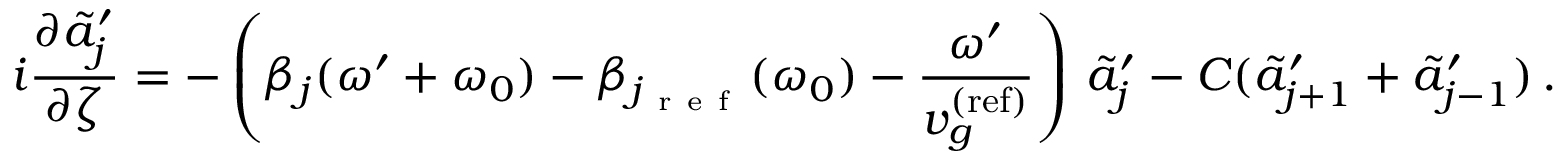
i \frac { \partial \tilde { a } _ { j } ^ { \prime } } { \partial \zeta } = - \left( \beta _ { j } ( \omega ^ { \prime } + \omega _ { 0 } ) - \beta _ { j _ { \mathrm { ~ r ~ e ~ f ~ } } } ( \omega _ { 0 } ) - \frac { \omega ^ { \prime } } { v _ { g } ^ { \mathrm { ( r e f ) } } } \right) \, \tilde { a } _ { j } ^ { \prime } - C ( \tilde { a } _ { j + 1 } ^ { \prime } + \tilde { a } _ { j - 1 } ^ { \prime } ) \, .